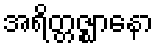
အရိတ္တဇ္ဈာနော